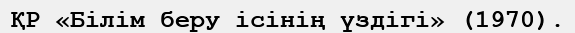
ҚР «Білім беру ісінің үздігі» (1970).